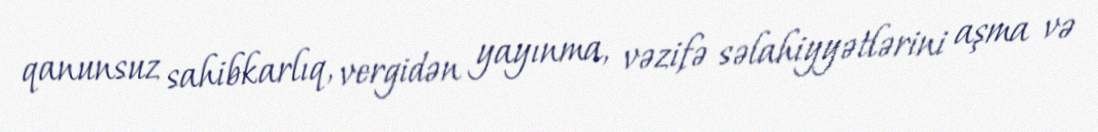
qanunsuz sahibkarlıq, vergidən yayınma, vəzifə səlahiyyətlərini aşma və